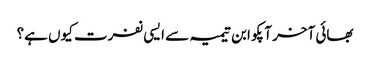
بھائی آخر آپکو ابن تیمیہ سے ایسی نفرت کیوں ہے؟